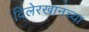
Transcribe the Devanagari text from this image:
दिलेरखानच्या